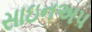
સાઇનઅપ